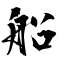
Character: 船